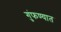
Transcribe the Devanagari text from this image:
गुंफण्यात